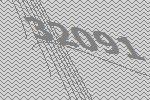
32091